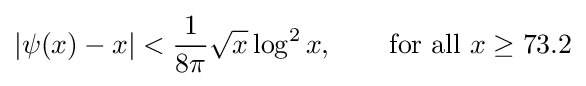
|\psi (x)-x|<{\frac {1}{8\pi }}{\sqrt {x}}\log ^{2}x,\qquad {\text{for all }}x\geq 73.2